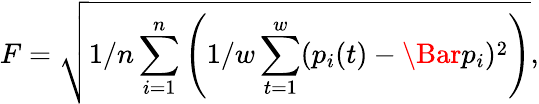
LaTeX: F=\sqrt{1/n\sum_{i=1}^{n}\left(1/w\sum_{t=1}^{w}(p_{i}(t)-\Bar{p_{i}})^{2}\right)},